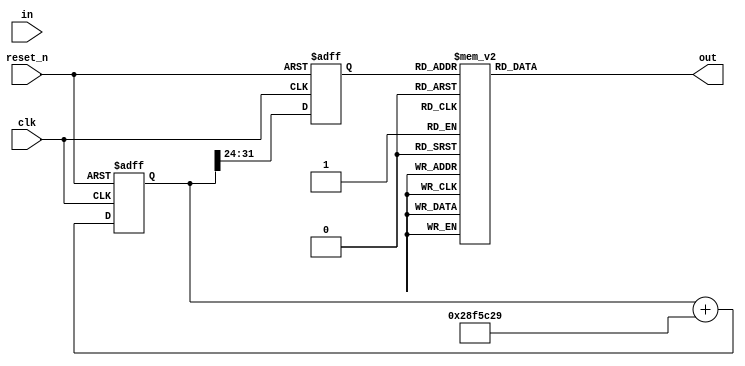
//https://www.elektormagazine.com/magazine/elektor-201204/19851
// DDS implemented in C from link above.
// Now implemented in verilog

module DDS
(
	input	clk,
	input reset_n,
	input [31:0] in,
	output [11:0] out
);


	reg[31:0] DDSp /* synthesis noprune */; // DDS phase value
	reg[31:0] DDSd /* synthesis noprune */; // DDS phase delta
	reg [7:0] sample/* synthesis noprune */;
	reg [11:0] outReg/* synthesis noprune */;
	
	assign out=outReg;
	
	initial begin
		DDSd=42949673 ;    // 1kHz/100kHz*(2^32)=42949673
		DDSp=0;
		sample=0;
		outReg=0;
	end

	// Determine the next state synchronously, based on the
	// current state and the input
	always @ (posedge clk or negedge reset_n) begin
		if (!reset_n) begin
			DDSp=0;
			sample=0;
		end
		else begin
			sample=DDSp[31:24];//DDSp>>24;  // fetch and output sine-sample
			DDSp =DDSp+DDSd;
		end
			
	end
	
// sine lookup-table. given the phase it will provide the sample value
	always @ (sample) begin
		
		
		case(sample)
		
			8'd0: outReg<= 12'd2055;	
			8'd1: outReg<= 12'd2103;	
			8'd2: outReg<= 12'd2151;	
			8'd3: outReg<= 12'd2200;	
			8'd4: outReg<= 12'd2248;	
			8'd5: outReg<= 12'd2312;	
			8'd6: outReg<= 12'd2360;	
			8'd7: outReg<= 12'd2408;	
			8'd8: outReg<= 12'd2457;	
			8'd9: outReg<= 12'd2505;	
			8'd10: outReg<= 12'd2553;	
			8'd11: outReg<= 12'd2601;	
			8'd12: outReg<= 12'd2649;	
			8'd13: outReg<= 12'd2697;	
			8'd14: outReg<= 12'd2746;	
			8'd15: outReg<= 12'd2794;	
			8'd16: outReg<= 12'd2842;	
			8'd17: outReg<= 12'd2874;	
			8'd18: outReg<= 12'd2922;	
			8'd19: outReg<= 12'd2970;	
			8'd20: outReg<= 12'd3019;	
			8'd21: outReg<= 12'd3067;	
			8'd22: outReg<= 12'd3099;	
			8'd23: outReg<= 12'd3147;	
			8'd24: outReg<= 12'd3195;	
			8'd25: outReg<= 12'd3227;	
			8'd26: outReg<= 12'd3276;	
			8'd27: outReg<= 12'd3308;	
			8'd28: outReg<= 12'd3356;	
			8'd29: outReg<= 12'd3388;	
			8'd30: outReg<= 12'd3420;	
			8'd31: outReg<= 12'd3468;	
			8'd32: outReg<= 12'd3500;	
			8'd33: outReg<= 12'd3532;	
			8'd34: outReg<= 12'd3565;	
			8'd35: outReg<= 12'd3597;	
			8'd36: outReg<= 12'd3629;	
			8'd37: outReg<= 12'd3661;	
			8'd38: outReg<= 12'd3693;	
			8'd39: outReg<= 12'd3725;	
			8'd40: outReg<= 12'd3757;	
			8'd41: outReg<= 12'd3773;	
			8'd42: outReg<= 12'd3805;	
			8'd43: outReg<= 12'd3838;	
			8'd44: outReg<= 12'd3854;	
			8'd45: outReg<= 12'd3870;	
			8'd46: outReg<= 12'd3902;	
			8'd47: outReg<= 12'd3918;	
			8'd48: outReg<= 12'd3934;	
			8'd49: outReg<= 12'd3950;	
			8'd50: outReg<= 12'd3982;	
			8'd51: outReg<= 12'd3998;	
			8'd52: outReg<= 12'd4014;	
			8'd53: outReg<= 12'd4014;	
			8'd54: outReg<= 12'd4030;	
			8'd55: outReg<= 12'd4046;	
			8'd56: outReg<= 12'd4062;	
			8'd57: outReg<= 12'd4062;	
			8'd58: outReg<= 12'd4078;	
			8'd59: outReg<= 12'd4078;	
			8'd60: outReg<= 12'd4078;	
			8'd61: outReg<= 12'd4095;	
			8'd62: outReg<= 12'd4095;	
			8'd63: outReg<= 12'd4095;	
			8'd64: outReg<= 12'd4095;	
			8'd65: outReg<= 12'd4095;	
			8'd66: outReg<= 12'd4095;	
			8'd67: outReg<= 12'd4095;	
			8'd68: outReg<= 12'd4078;	
			8'd69: outReg<= 12'd4078;	
			8'd70: outReg<= 12'd4078;	
			8'd71: outReg<= 12'd4062;	
			8'd72: outReg<= 12'd4062;	
			8'd73: outReg<= 12'd4046;	
			8'd74: outReg<= 12'd4030;	
			8'd75: outReg<= 12'd4014;	
			8'd76: outReg<= 12'd4014;	
			8'd77: outReg<= 12'd3998;	
			8'd78: outReg<= 12'd3982;	
			8'd79: outReg<= 12'd3950;	
			8'd80: outReg<= 12'd3934;	
			8'd81: outReg<= 12'd3918;	
			8'd82: outReg<= 12'd3902;	
			8'd83: outReg<= 12'd3870;	
			8'd84: outReg<= 12'd3854;	
			8'd85: outReg<= 12'd3838;	
			8'd86: outReg<= 12'd3805;	
			8'd87: outReg<= 12'd3773;	
			8'd88: outReg<= 12'd3757;	
			8'd89: outReg<= 12'd3725;	
			8'd90: outReg<= 12'd3693;	
			8'd91: outReg<= 12'd3661;	
			8'd92: outReg<= 12'd3629;	
			8'd93: outReg<= 12'd3597;	
			8'd94: outReg<= 12'd3565;	
			8'd95: outReg<= 12'd3532;	
			8'd96: outReg<= 12'd3500;	
			8'd97: outReg<= 12'd3468;	
			8'd98: outReg<= 12'd3420;	
			8'd99: outReg<= 12'd3388;	
			8'd100: outReg<= 12'd3356;	
			8'd101: outReg<= 12'd3308;	
			8'd102: outReg<= 12'd3276;	
			8'd103: outReg<= 12'd3227;	
			8'd104: outReg<= 12'd3195;	
			8'd105: outReg<= 12'd3147;	
			8'd106: outReg<= 12'd3099;	
			8'd107: outReg<= 12'd3067;	
			8'd108: outReg<= 12'd3019;	
			8'd109: outReg<= 12'd2970;	
			8'd110: outReg<= 12'd2922;	
			8'd111: outReg<= 12'd2874;	
			8'd112: outReg<= 12'd2842;	
			8'd113: outReg<= 12'd2794;	
			8'd114: outReg<= 12'd2746;	
			8'd115: outReg<= 12'd2697;	
			8'd116: outReg<= 12'd2649;	
			8'd117: outReg<= 12'd2601;	
			8'd118: outReg<= 12'd2553;	
			8'd119: outReg<= 12'd2505;	
			8'd120: outReg<= 12'd2457;	
			8'd121: outReg<= 12'd2408;	
			8'd122: outReg<= 12'd2360;	
			8'd123: outReg<= 12'd2312;	
			8'd124: outReg<= 12'd2248;	
			8'd125: outReg<= 12'd2200;	
			8'd126: outReg<= 12'd2151;	
			8'd127: outReg<= 12'd2103;	
			8'd128: outReg<= 12'd2055;	
			8'd129: outReg<= 12'd2007;	
			8'd130: outReg<= 12'd1959;	
			8'd131: outReg<= 12'd1911;	
			8'd132: outReg<= 12'd1862;	
			8'd133: outReg<= 12'd1798;	
			8'd134: outReg<= 12'd1750;	
			8'd135: outReg<= 12'd1702;	
			8'd136: outReg<= 12'd1654;	
			8'd137: outReg<= 12'd1605;	
			8'd138: outReg<= 12'd1557;	
			8'd139: outReg<= 12'd1509;	
			8'd140: outReg<= 12'd1461;	
			8'd141: outReg<= 12'd1413;	
			8'd142: outReg<= 12'd1365;	
			8'd143: outReg<= 12'd1316;	
			8'd144: outReg<= 12'd1268;	
			8'd145: outReg<= 12'd1236;	
			8'd146: outReg<= 12'd1188;	
			8'd147: outReg<= 12'd1140;	
			8'd148: outReg<= 12'd1092;	
			8'd149: outReg<= 12'd1043;	
			8'd150: outReg<= 12'd1011;	
			8'd151: outReg<= 12'd963;	
			8'd152: outReg<= 12'd915;	
			8'd153: outReg<= 12'd883;	
			8'd154: outReg<= 12'd835;	
			8'd155: outReg<= 12'd802;	
			8'd156: outReg<= 12'd754;	
			8'd157: outReg<= 12'd722;	
			8'd158: outReg<= 12'd690;	
			8'd159: outReg<= 12'd642;	
			8'd160: outReg<= 12'd610;	
			8'd161: outReg<= 12'd578;	
			8'd162: outReg<= 12'd546;	
			8'd163: outReg<= 12'd513;	
			8'd164: outReg<= 12'd481;	
			8'd165: outReg<= 12'd449;	
			8'd166: outReg<= 12'd417;	
			8'd167: outReg<= 12'd385;	
			8'd168: outReg<= 12'd353;	
			8'd169: outReg<= 12'd337;	
			8'd170: outReg<= 12'd305;	
			8'd171: outReg<= 12'd273;	
			8'd172: outReg<= 12'd256;	
			8'd173: outReg<= 12'd240;	
			8'd174: outReg<= 12'd208;	
			8'd175: outReg<= 12'd192;	
			8'd176: outReg<= 12'd176;	
			8'd177: outReg<= 12'd160;	
			8'd178: outReg<= 12'd128;	
			8'd179: outReg<= 12'd112;	
			8'd180: outReg<= 12'd96;	
			8'd181: outReg<= 12'd96;	
			8'd182: outReg<= 12'd80;	
			8'd183: outReg<= 12'd64;	
			8'd184: outReg<= 12'd48;	
			8'd185: outReg<= 12'd48;	
			8'd186: outReg<= 12'd32;	
			8'd187: outReg<= 12'd32;	
			8'd188: outReg<= 12'd32;	
			8'd189: outReg<= 12'd16;	
			8'd190: outReg<= 12'd16;	
			8'd191: outReg<= 12'd16;	
			8'd192: outReg<= 12'd16;	
			8'd193: outReg<= 12'd16;	
			8'd194: outReg<= 12'd16;	
			8'd195: outReg<= 12'd16;	
			8'd196: outReg<= 12'd32;	
			8'd197: outReg<= 12'd32;	
			8'd198: outReg<= 12'd32;	
			8'd199: outReg<= 12'd48;	
			8'd200: outReg<= 12'd48;	
			8'd201: outReg<= 12'd64;	
			8'd202: outReg<= 12'd80;	
			8'd203: outReg<= 12'd96;	
			8'd204: outReg<= 12'd96;	
			8'd205: outReg<= 12'd112;	
			8'd206: outReg<= 12'd128;	
			8'd207: outReg<= 12'd160;	
			8'd208: outReg<= 12'd176;	
			8'd209: outReg<= 12'd192;	
			8'd210: outReg<= 12'd208;	
			8'd211: outReg<= 12'd240;	
			8'd212: outReg<= 12'd256;	
			8'd213: outReg<= 12'd273;	
			8'd214: outReg<= 12'd305;	
			8'd215: outReg<= 12'd337;	
			8'd216: outReg<= 12'd353;	
			8'd217: outReg<= 12'd385;	
			8'd218: outReg<= 12'd417;	
			8'd219: outReg<= 12'd449;	
			8'd220: outReg<= 12'd481;	
			8'd221: outReg<= 12'd513;	
			8'd222: outReg<= 12'd546;	
			8'd223: outReg<= 12'd578;	
			8'd224: outReg<= 12'd610;	
			8'd225: outReg<= 12'd642;	
			8'd226: outReg<= 12'd690;	
			8'd227: outReg<= 12'd722;	
			8'd228: outReg<= 12'd754;	
			8'd229: outReg<= 12'd802;	
			8'd230: outReg<= 12'd835;	
			8'd231: outReg<= 12'd883;	
			8'd232: outReg<= 12'd915;	
			8'd233: outReg<= 12'd963;	
			8'd234: outReg<= 12'd1011;	
			8'd235: outReg<= 12'd1043;	
			8'd236: outReg<= 12'd1092;	
			8'd237: outReg<= 12'd1140;	
			8'd238: outReg<= 12'd1188;	
			8'd239: outReg<= 12'd1236;	
			8'd240: outReg<= 12'd1268;	
			8'd241: outReg<= 12'd1316;	
			8'd242: outReg<= 12'd1365;	
			8'd243: outReg<= 12'd1413;	
			8'd244: outReg<= 12'd1461;	
			8'd245: outReg<= 12'd1509;	
			8'd246: outReg<= 12'd1557;	
			8'd247: outReg<= 12'd1605;	
			8'd248: outReg<= 12'd1654;	
			8'd249: outReg<= 12'd1702;	
			8'd250: outReg<= 12'd1750;	
			8'd251: outReg<= 12'd1798;	
			8'd252: outReg<= 12'd1862;	
			8'd253: outReg<= 12'd1911;	
			8'd254: outReg<= 12'd1959;	
			8'd255: outReg<= 12'd2007;	


			default outReg=12'd0;
		endcase
	
	end
	

endmodule